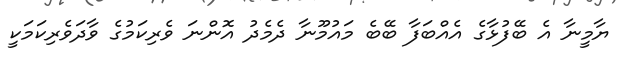
ޔާމީނާ އެ ބޭފުޅާގެ އެއްބަފާ ބޭބެ މައުމޫނާ ދެމެދު އޮންނަ ވެރިކަމުގެ ވާދަވެރިކަމަކީ